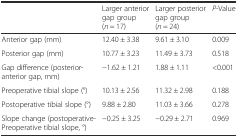
<table><thead><tr><td></td><td><b>Larger anterior gap group (<i>n</i> = 17)</b></td><td><b>Larger posterior gap group (<i>n</i> = 24)</b></td><td><b><i>P</i>-Value</b></td></tr></thead><tbody><tr><td>Anterior gap (mm)</td><td>12.40 ± 3.38</td><td>9.61 ± 3.10</td><td>0.009</td></tr><tr><td>Posterior gap (mm)</td><td>10.77 ± 3.23</td><td>11.49 ± 3.73</td><td>0.518</td></tr><tr><td>Gap difference (posterior-anterior gap, mm)</td><td>−1.62 ± 1.21</td><td>1.88 ± 1.11</td><td>&lt;0.001</td></tr><tr><td>Preoperative tibial slope (°)</td><td>10.13 ± 2.56</td><td>11.32 ± 2.98</td><td>0.188</td></tr><tr><td>Postoperative tibial slope (°)</td><td>9.88 ± 2.80</td><td>11.03 ± 3.66</td><td>0.278</td></tr><tr><td>Slope change (postoperative-Preoperative tibial slope, °)</td><td>−0.25 ± 3.25</td><td>−0.29 ± 2.71</td><td>0.969</td></tr></tbody></table>